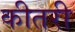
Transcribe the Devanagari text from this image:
कीतरी